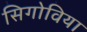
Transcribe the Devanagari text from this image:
सिगोविया